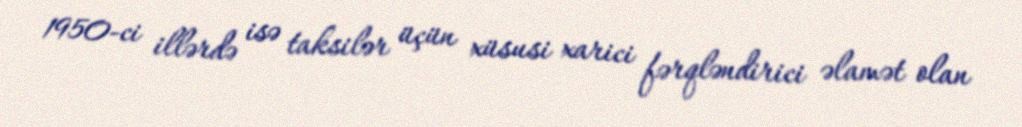
1950-ci illərdə isə taksilər üçün xüsusi xarici fərqləndirici əlamət olan